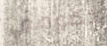
خصوصي